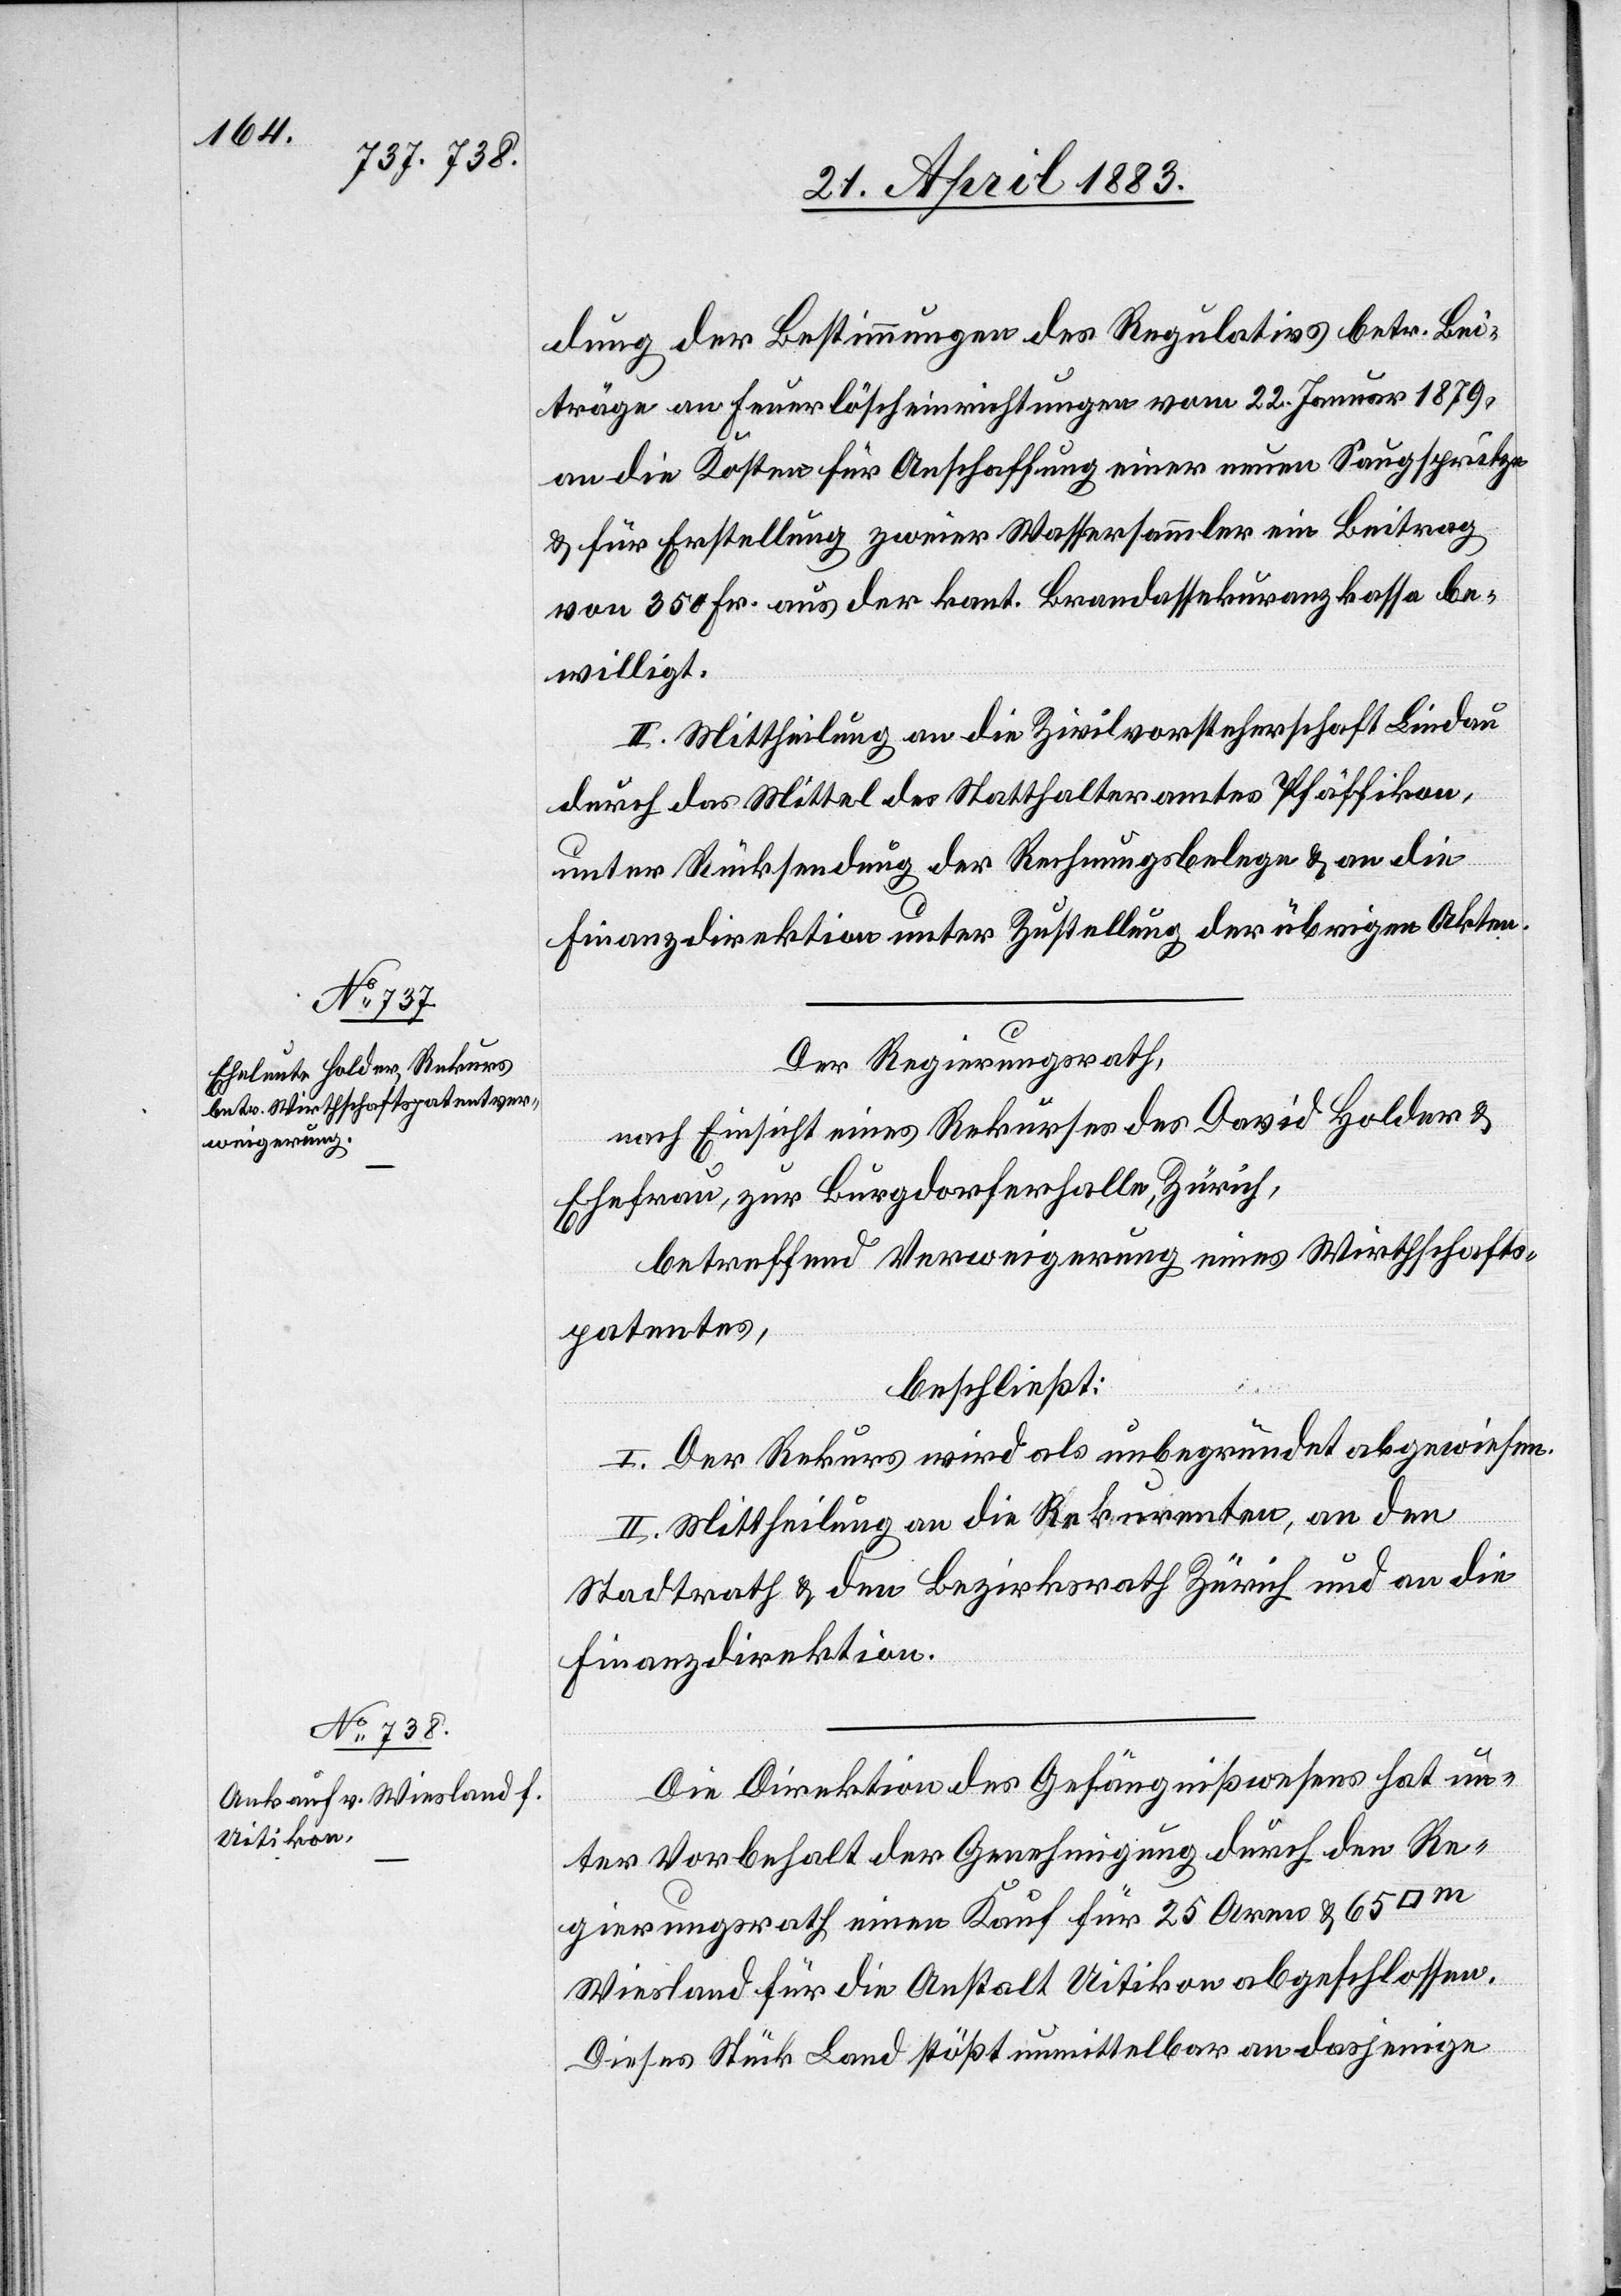
dung der Bestimmungen des Regulativs betr. Bei¬
träge an Feuerlöscheinrichtungen vom 22. Januar 1879,
an die Kosten für Anschaffung einer neuen Saugspritze
& für Erstellung zweier Wassersammler ein Beitrag
von 350 Fr. aus der kant. Brandassekuranzkassa be¬
willigt.
II. Mittheilung an die Zivilvorsteherschaft Lindau
durch das Mittel des Statthalteramtes Pfäffikon,
unter Rücksendung der Rechnungsbelege & an die
Finanzdirektion unter Zustellung der übrigen Akten.
Der Regierungsrath,
nach Einsicht eines Rekurses des David Holder &
Ehefrau, zur Burgdorferfalle, Zürich,
betreffend Verweigerung eines Wirthschafts¬
patentes,
beschließt:
I. Der Rekurs wird als unbegründet abgewiesen.
II. Mittheilung an die Rekurrenten, an den
Stadtrath & den Bezirksrath Zürich und an die
Finanzdirektion.
Die Direktion des Gefängnißwesens hat un¬
ter Vorbehalt der Genehmigung durch den Re¬
gierungsrath einen Kauf für 25 Aren & 65
Wiesland für die Anstalt Uitikon abgeschlossen.
Dieses Stück Land stößt unmittelbar an dasjenige